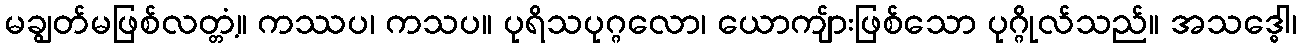
မချွတ်မဖြစ်လတ္တံ့။ ကဿပ၊ ကသပ။ ပုရိသပုဂ္ဂလော၊ ယောကျ်ားဖြစ်သော ပုဂ္ဂိုလ်သည်။ အသဒ္ဓေါ၊